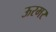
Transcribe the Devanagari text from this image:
ऊरमर